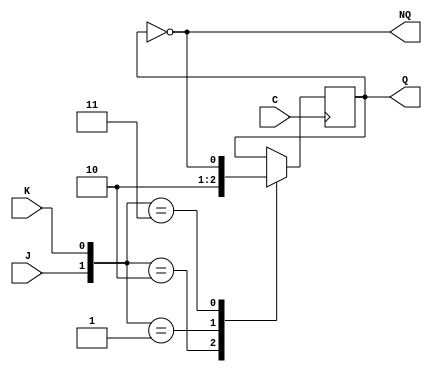
/* Hecho por Javier Nieto y Marcos Rivas
*/


//Modulo del biestable JK
module JKdown(output reg Q, output wire NQ, input wire J, input wire K,   input wire C);
  not(NQ,Q);

  initial
  begin
    Q=0;
  end    

  always @(posedge C)//Se activa por cada subida
    case ({J,K})
      2'b10: Q=1;
      2'b01: Q=0;
      2'b11: Q=~Q;
    endcase
endmodule


//Mdulo que contiene el contador y la circuitera auxiliar.
module contador (output wire [3:0] Q, input wire C);
  //Cables correspondientes a las salidas negadas de los biestables.
  wire [3:0] nQ;
  //Cables que almacenan la salida temporal del biestable jk0.
  wire Qt, nQt;

  //Cables de entrada a los biestables.
  wire wJ3, wJ2, wJ1, wJ0, wK3, wK2, wK1, wK0;

  //Cables intermedios.
  wire wn0n2, wq0n2, wq1n0, wn3n1, wq3q1, wq2q0, wq3n2;

  //Puertas correspondientes al contador.
  and n0n2 (wn0n2, nQt, nQ[2]);
  or J3 (wJ3, wn0n2, Qt);

  and q0n2(wq0n2, Qt, nQ[2]);
  and q1n0(wq1n0, Q[1], nQt);
  or J1(wJ1, wq0n2, wq1n0);
  
  and J0 (wJ0, nQ[1], Q[2]);

  and n3n1 (wn3n1, nQ[3], nQ[1]);
  and q3q1 (wq3q1, Q[3], Q[1]);
  or K2 (wK2, wn3n1, wq3q1);

  JKdown jk0 (Qt, nQt, wJ0, nQ[2], C);
  JKdown jk1 (Q[1], nQ[1], wJ1, 1'b1, C);
  JKdown jk2 (Q[2], nQ[2], 1'b1, wK2, C);
  JKdown jk3 (Q[3], nQ[3], wJ3, 1'b1, C);

  //Circuitera adicional que cambia el uno por el 0.
  and  q2Q0 (wq2q0, Q[2], Qt);
  and  q3n2 (wq3n2, Q[3], nQ[2]);
  or   NQ0 (Q[0], wq2q0, wq3n2);
endmodule


//Mdulo para probar el circuto.
module test;
  reg I, C;
  wire [3:0] Q;
  contador counter (Q,C);

  always 
  begin
    #10 C=~C;
  end

  initial
  begin
    $dumpfile("contador.dmp");
    $dumpvars(2, counter, Q);
    
    counter.jk0.Q<=1;
    counter.jk1.Q<=0;
    counter.jk2.Q<=0;
    counter.jk3.Q<=1;
    $monitor($time, "C(%b) Q:%b (%d)", C,Q,Q);
    C=0;
    #250 $finish;
  end
endmodule